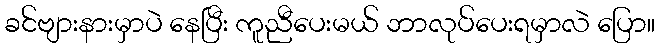
ခင်ဗျားနားမှာပဲ နေပြီး ကူညီပေးမယ် ဘာလုပ်ပေးရမှာလဲ ပြော။